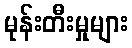
မုန်းတီးမှုများ